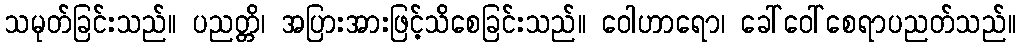
သမုတ်ခြင်းသည်။ ပညတ္တိ၊ အပြားအားဖြင့်သိစေခြင်းသည်။ ဝေါဟာရော၊ ခေါ်ဝေါ်စေရာပညတ်သည်။